Report on vaccination in Madras 1904-1921 - 1904-1921
Year: 1904
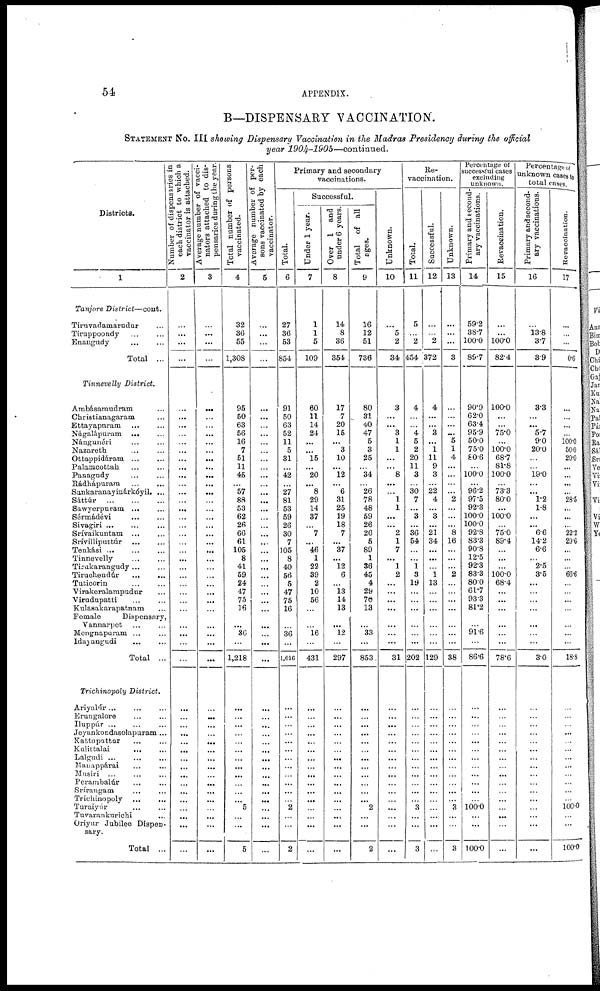
54
APPENDIX.
B—DISPENSARY VACCINATION.
STATEMENT No. III showing Dispensary Vaccination in the Madras Presidency during the official
year 1904-1905—continued.
Districts.
1
Tanjore District—cont.
Tiruvadamarudur ...
Tiruppoondy ... ...
Enangudy
... ...
Total ...
Tinnevelly District.
Ambásamudram ...
Christianagaram ...
Ettayapuram ... ...
Nágalápuram ... ...
Nángunéri ... ...
Nazareth ... ...
Ottappidáram ... ...
Palamcottah ... ...
Panagudy ... ...
Rádhápuram
...
...
Sankaranayinárkóyil. ...
Sattúr
...
...
...
Sawyerpuram
...
...
Sérmádévi
...
Sivagiri ... ...
Srívaikuntam
...
...
Srívilliputtúr ... ...
Tenkási ... ... ...
Tinnevelly ... ...
Tirukarangudy ... ...
Tiruchendúr
...
...
Tuticorin
... ... ...
Virakeralampudur ...
Viradnpatti ... ... ...
Kulasakarapatnam ...
Female
Dispensary,
Vannarpet ...
Mongnapuram ... ...
Idayangudi
...
...
Total ...
Trichinopoly District.
Ariyalúr ... ...
Erungalore ... ...
Iluppúr ... ...
Jeyankondasolapuram ...
Kattupattur ... ...
Kulittalai
...
...
Lalgudi ... ...
Mauappárai ... ...
Musiri ... ... ...
Perambalúr ... ...
Srírangam ... ...
Trichinopoly ... ...
Turaiyúr ... ...
Tuvaranknrichi ...
Oriyur Jubilee Dispen-
sary.
Total ...
Number of dispensaries in
each district to which a
vaccinator is attached.
2
...
...
...
...
...
...
...
...
...
...
...
...
...
...
...
...
...
...
...
...
...
...
...
...
...
...
...
...
...
...
...
...
...
...
...
...
...
...
...
...
...
...
...
...
...
...
...
...
...
Average number of vacci-
nators attached to dis-
pensaries during the year.
3
...
...
...
...
...
...
...
...
...
...
...
...
...
...
...
...
...
...
...
...
...
...
...
...
...
...
...
...
...
...
...
...
...
...
...
...
...
...
...
...
...
...
...
...
...
...
...
...
...
Total number of persons
vaccinated.
4
32
36
55
1,308
95
50
63
56
16
7
61
11
45
...
57
88
53
62
26
66
61
105
8
41
59
24
47
75
16
...
36
...
1,218
...
...
...
...
...
...
...
...
...
...
...
...
5
...
...
5
Average number of per-
sons vaccinated by each
vaccinator.
5
...
...
...
...
...
...
...
...
...
...
...
...
...
...
...
...
...
...
...
...
...
...
...
...
...
...
...
...
...
...
...
...
...
...
...
...
...
...
...
...
...
...
...
...
...
...
...
...
...
Primary and secondary
vaccinations.
Total
6
27
36
53
854
91
50
63
52
11
5
31
...
42
...
27
81
53
59
26
30
7
105
8
40
56
5
47
75
16
...
36
...
1,016
...
...
...
...
...
...
...
...
...
...
...
...
2
...
...
2
Successful
Under 1 year.
7
1
1
5
109
60
11
14
24
...
...
15
...
20
...
8
29
14
37
...
7
...
46
1
22
39
2
10
56
...
...
16
...
431
...
...
...
...
...
...
...
...
...
...
...
...
...
...
...
...
Over 1 and
under 6 years.
8
14
8
36
354
17
7
20
15
...
3
10
...
12
...
6
31
25
19
18
7
...
37
...
12
6
...
13
14
13
...
12
...
297
...
...
...
...
...
...
...
...
...
...
...
...
...
...
...
...
Total of all
ages.
9
16
12
51
736
80
31
40
47
5
3
25
...
34
...
26
78
48
59
26
26
5
89
1
36
45
4
29
70
13
...
33
...
853
...
...
...
...
...
...
...
...
...
...
...
...
2
...
...
2
Unknown.
10
...
5
2
34
3
...
...
3
1
1
...
...
8
...
...
1
1
...
...
2
1
7
...
1
2
...
...
...
...
...
...
...
31
...
...
...
...
...
...
...
...
...
...
...
...
...
...
...
...
Re¬
vaccination.
Total.
11
5
...
2
454
4
...
...
4
5
2
20
11
3
...
30
7
...
3
...
36
54
...
...
1
3
19
...
...
...
...
...
...
202
...
...
...
...
...
...
...
...
...
...
...
...
3
...
...
3
Successful.
12
...
...
2
372
4
...
...
3
...
1
11
9
3
...
22
4
...
3
...
21
34
...
...
...
1
13
...
...
...
...
...
...
129
...
...
...
...
...
...
...
...
...
...
...
...
...
...
...
...
Unknown.
13
...
...
...
3
...
...
...
...
5
1
4
...
...
...
...
2
...
...
8
16
...
...
...
2
...
...
...
...
...
...
...
38
...
...
...
...
...
...
...
...
...
...
...
...
3
...
...
3
Percentage of
successful cases
excluding
unknown.
Primary and second-
ary vaccinations.
14
59.2
38.7
100.0
89.7
90.9
62.0
63.4
95.9
50.0
75.0
80.6
...
100.0
...
96.2
97.5
92.3
100.0
100.0
92.8
83.3
90.8
12.5
92.3
83.3
80.0
61.7
93.3
81.2
...
91.6
...
86.6
...
...
...
...
...
...
...
...
...
...
...
...
100.0
...
...
100.0
Revaccination.
15
...
...
100.0
82.4
100.0
...
...
75.0
...
100.0
68.7
81.8
100.0
...
73.3
80.0
...
100.0
...
75.0
89.4
...
...
...
100.0
68.4
...
...
...
...
...
...
78.6
...
...
...
...
...
...
...
...
...
...
...
...
...
...
...
...
Percentage of
unknown cases to
total cases.
Primary and second-
ary vaccinations.
16
...
13.8
3.7
3.9
3.3
...
...
5.7
9.0
20.0
...
...
19.0
...
...
1.2
1.8
...
...
6.6
14.2
6.6
...
2.5
3.5
...
...
...
...
...
...
...
3.0
...
...
...
...
...
...
...
...
...
...
...
...
...
...
...
...
Revaccination.
17
...
...
...
0.6
...
...
...
...
100.0
50.0
20.0
...
...
...
...
28.5
...
...
...
22.2
29.6
...
...
...
66.6
...
...
...
...
...
...
...
18.8
...
...
...
...
...
...
...
...
...
...
...
...
100.0
...
...
100.0